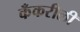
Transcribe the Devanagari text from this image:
कँकरीली